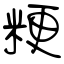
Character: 粳